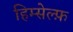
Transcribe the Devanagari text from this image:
हिम्सेल्फ़